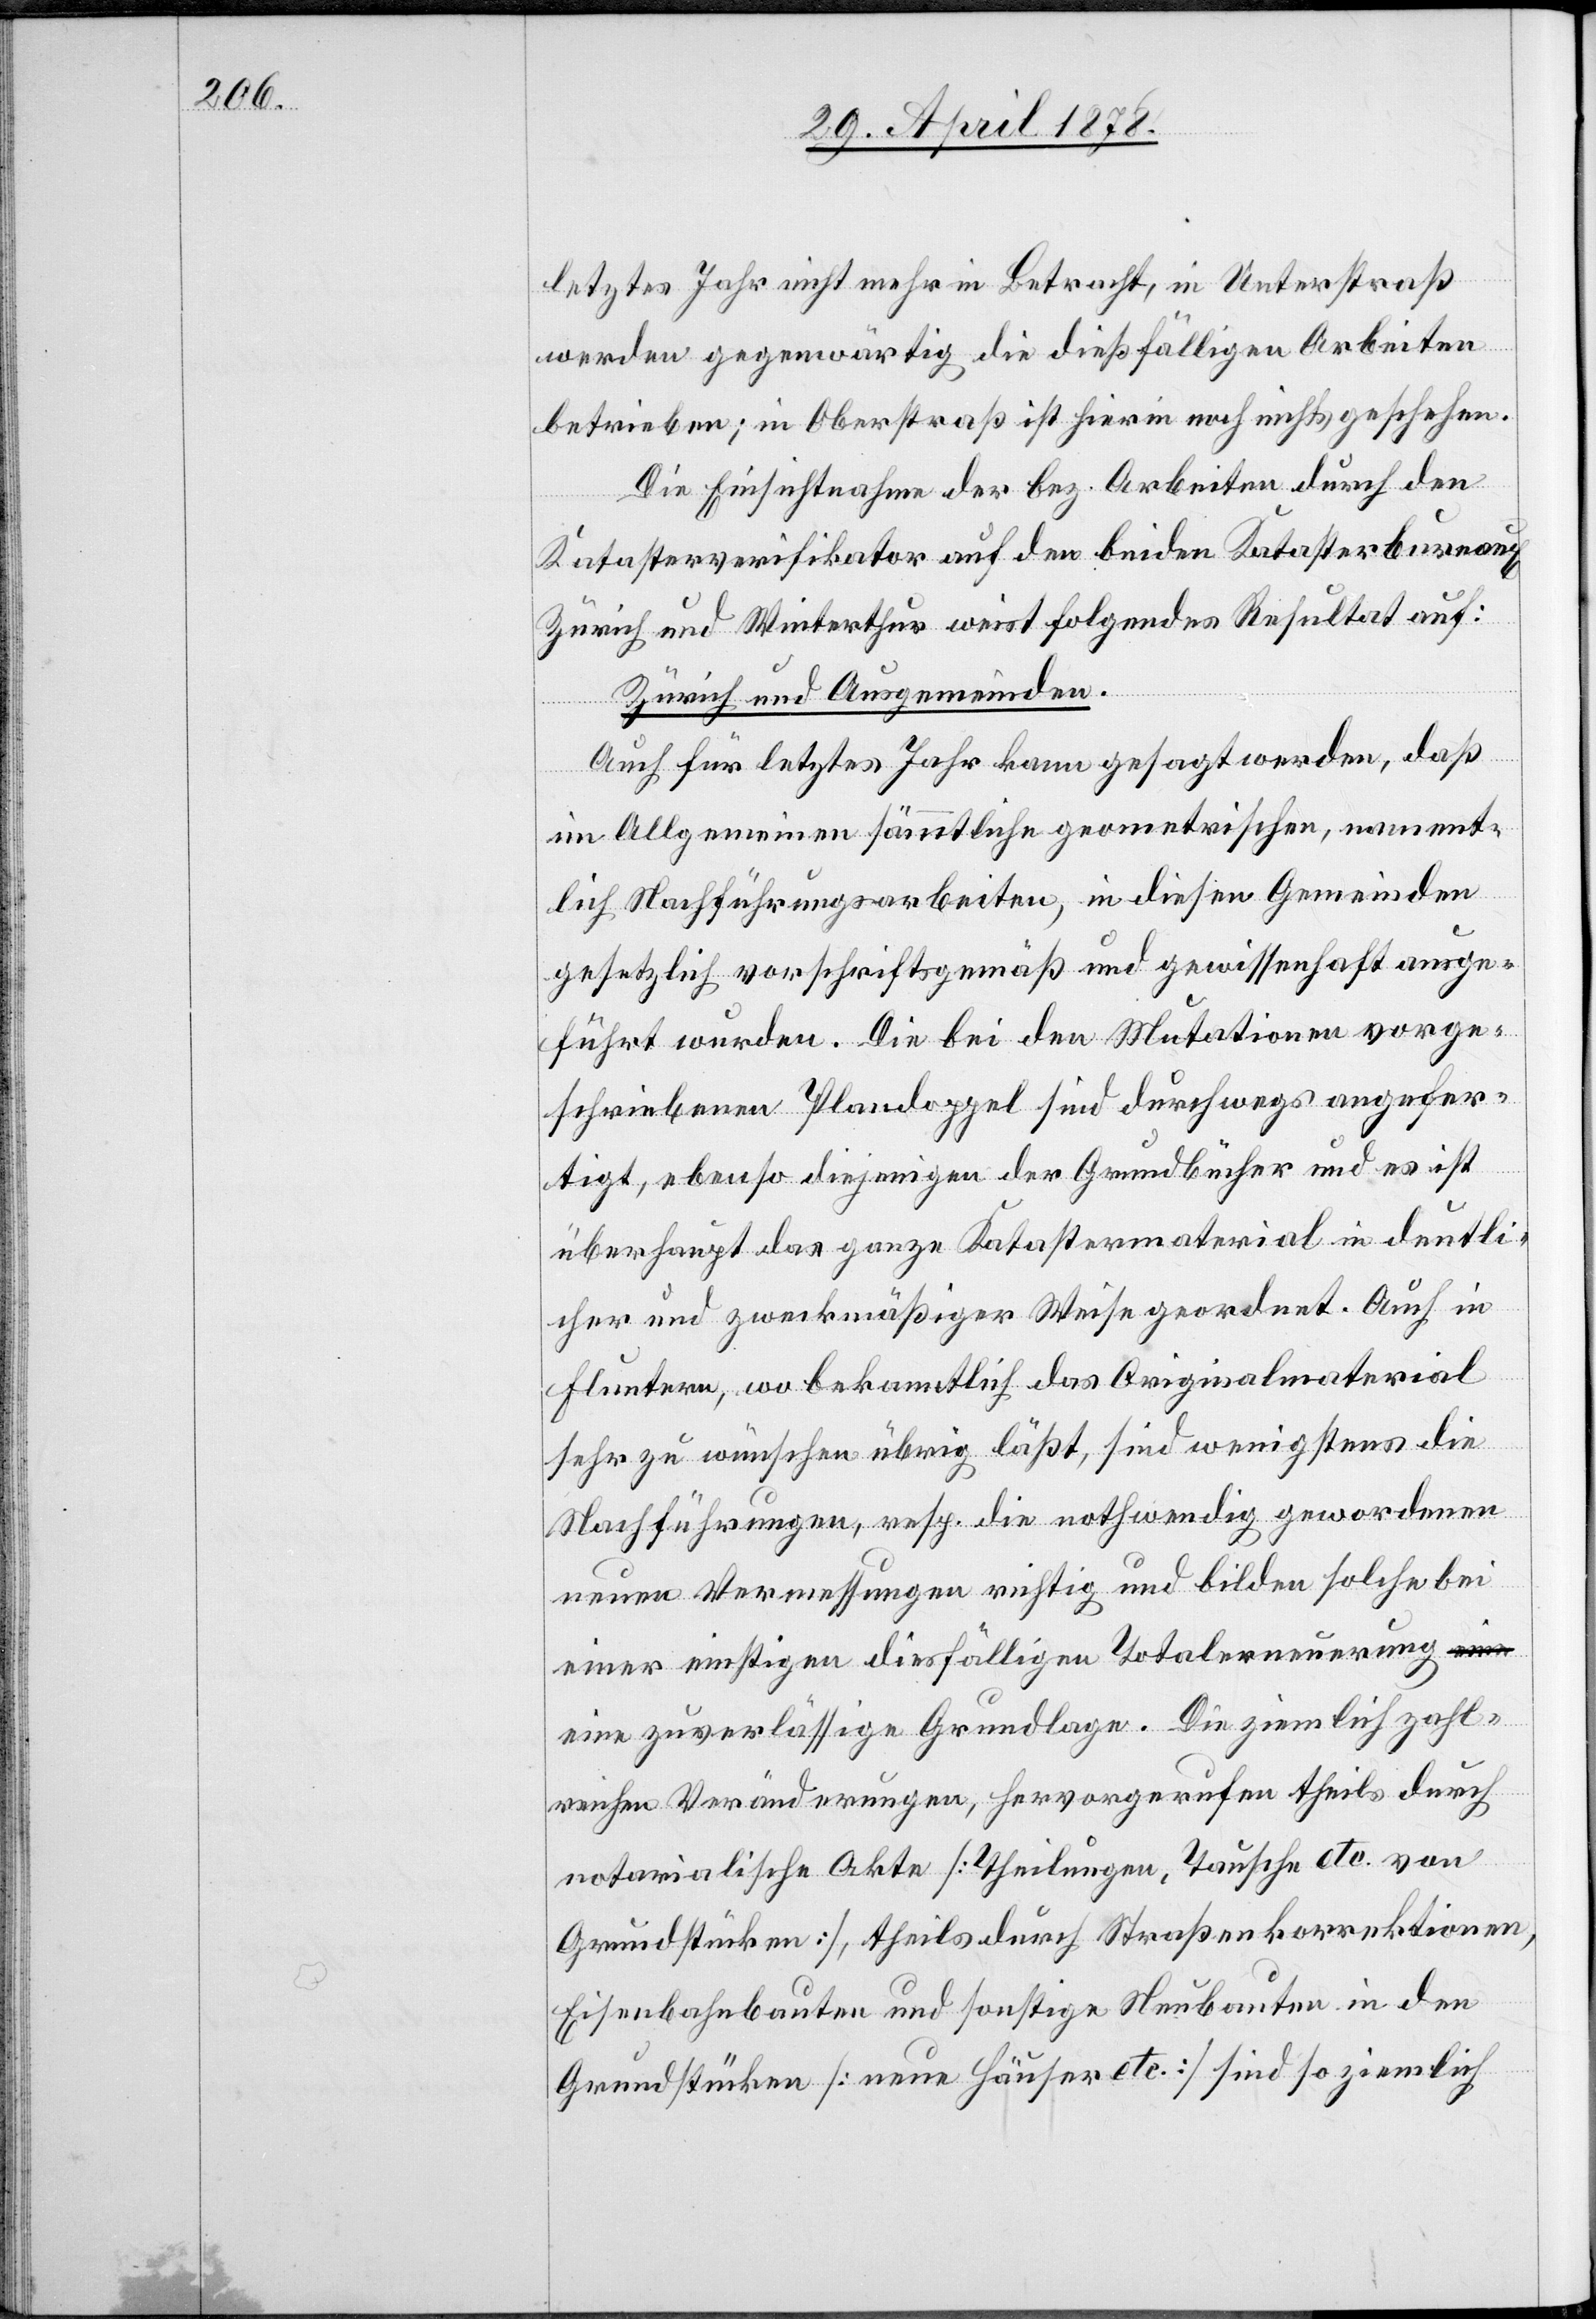
letztes Jahr nicht mehr in Betracht, in Unterstraß
werden gegenwärtig die dießfälligen Arbeiten
betrieben; in Oberstraß ist hierin noch nichts geschehen.
Die Einsichtnahme der bez. Arbeiten durch den
Katasterverifikator auf den beiden Katasterbureaux
Zürich und Winterthur weist folgendes Resultat auf:
Zürich und Ausgemeinden.
Auch für letztes Jahr kann gesagt werden, daß
im Allgemeinen sämtliche geometrischen, nament¬
lich Nachführungsarbeiten, in diesen Gemeinden
gesetzlich vorschriftsgemäß und gewissenhaft ausge¬
führt wurden. Die bei den Mutationen vorge¬
schriebenen Plandoppel sind durchwegs angefer¬
tigt, ebenso diejenigen der Grundgebühr und es ist
überhaupt das ganze Katastermaterial in deutli¬
cher und zweckmäßiger Weise geordnet. Auch in
Fluntern, wo bekanntlich das Originalmaterial
sehr zu wünschen übrig läßt, sind wenigstens die
Nachführungen, resp. die nothwendig gewordenen
neuen Vermessungen richtig und bilden solche bei
einer einstigen diesfälligen Totalerneuerung
eine zuverlässige Grundlage. Die ziemlich zahl¬
reichen Veränderungen, hervorgerufen theils durch
notarialische Akte [Theilungen, Tausche etc. von
Grundstücken], theils durch Straßenkorrektionen,
Eisenbahnbauten und sonstige Neubauten in den
Grundstücken [neue Häuser etc.] sind so ziemlich